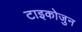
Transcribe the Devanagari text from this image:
टाइकोजुन